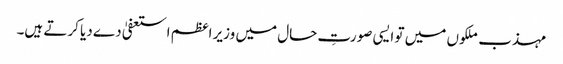
مہذب ملکوں میں تو ایسی صورتِ حال میں وزیر اعظم استعفیٰ دے دیا کرتے ہیں۔